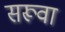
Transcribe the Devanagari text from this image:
सरूवा